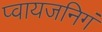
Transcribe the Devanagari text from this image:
प्वायजनिगं